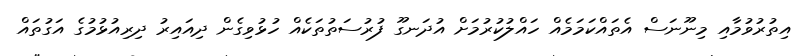
އިތުރުވުމާއި މިނޫނަސް އެތައްކަމަމެއް ހައްލުކުރުމަށް އުދަނގޫ ފުރުސަތުތަކެއް ހުޅުވިގެން ދިއައިރު ދިރިއުޅުމުގެ އަގުތައް